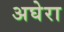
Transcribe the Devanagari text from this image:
अघेरा